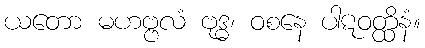
ယတော မဟဗ္ဗလံ ဗုဒ္ဓ၊ ဝစနေ ပါဋဝတ္ထိနံ။